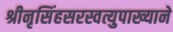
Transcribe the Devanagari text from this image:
श्रीनृसिंहसरस्वत्युपाख्याने